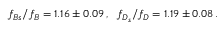
\nonumber \, f _ { B s } / f _ { B } = 1 . 1 6 \pm 0 . 0 9 \, , ~ ~ f _ { D _ { s } } / f _ { D } = 1 . 1 9 \pm 0 . 0 8 \, .